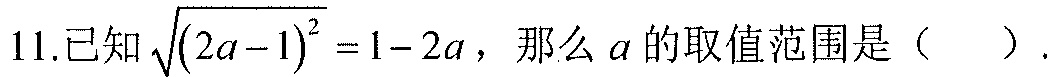
11.已知$\sqrt{(2a - 1)^2}=1 - 2a$，那么$a$的取值范围是（  ）.